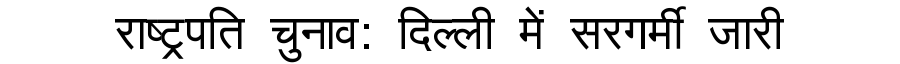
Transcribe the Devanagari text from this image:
राष्ट्रपति चुनाव: दिल्ली में सरगर्मी जारी